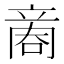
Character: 𠹧